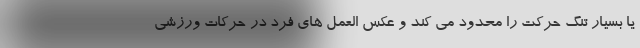
یا بسیار تنگ حرکت را محدود می کند و عکس العمل های فرد در حرکات ورزشی